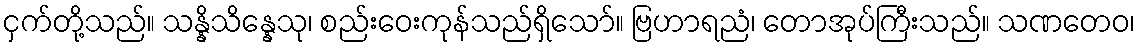
ငှက်တို့သည်။ သန္နိသိန္နေသု၊ စည်းဝေးကုန်သည်ရှိသော်။ ဗြဟာရညံ၊ တောအုပ်ကြီးသည်။ သဏတေဝ၊